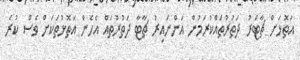
އަތޮޅަށް ޗާޓަރު ދަތުރުތައްކުރަމުން އަންނައިރު ޗާޓާ ދަތުރުތައް އެހެން އަތޮޅުތަކަށް ވެސް ކުރެ